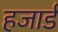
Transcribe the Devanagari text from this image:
हजार्ड